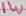
Text: 1W